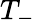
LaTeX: T_{-}